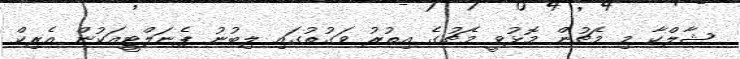
ޝާލްކާ މި މެޗުން މޮޅުވީ މެޗުގެ އިތުރު ވަގުތުގައި ލިބުނު ޕެނަލްޓީއަކުން އެރިކް